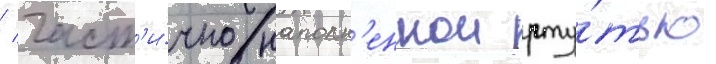
/ част'и́чно наполн'еннои рту́тью